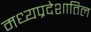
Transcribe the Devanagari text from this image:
मध्यप्रदेशातिल